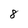
Character: 8